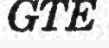
GTE